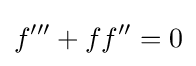
f'''+ff''=0